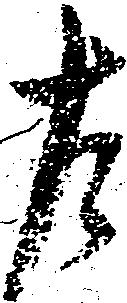
左